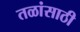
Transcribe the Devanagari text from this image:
तळांसाठी